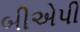
બીએપી